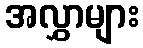
အလွှာများ